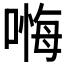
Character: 𱔁